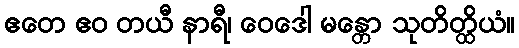
ဧတေ ဧဝ တယီ နာရီ၊ ဝေဒေါ မန္တော သုတိတ္ထိယံ။